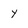
Character: y